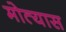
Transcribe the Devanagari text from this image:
मोत्यास